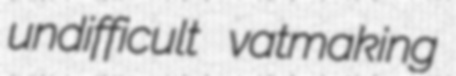
undifficult vatmaking